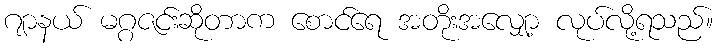
ဂျာနယ် မဂ္ဂဇင်းဆိုတာက စောင်ရေ အတိုးအလျှော့ လုပ်လို့ရသည်။